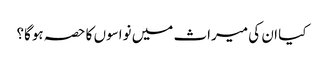
کیا ان کی میراث میں نواسوں کا حصہ ہوگا؟